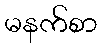
မနက်စာ